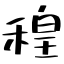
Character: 䅣